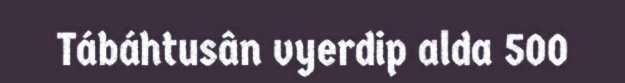
Tábáhtusân vyerdip alda 500